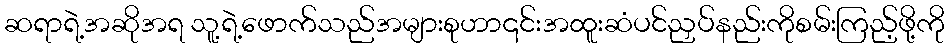
ဆရာရဲ့အဆိုအရ သူ့ရဲ့ဖောက်သည်အများစုဟာ၎င်းအထူးဆံပင်ညှပ်နည်းကိုစမ်းကြည့်ဖို့ကို